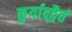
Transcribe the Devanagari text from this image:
कुर्याद्द्वैतं